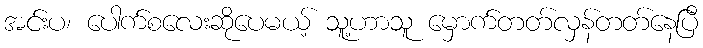
အင်းပ၊ ပေါက်စလေးဆိုပေမယ့် သူ့ဟာသူ မှောက်တတ်လှန်တတ်နေပြီ